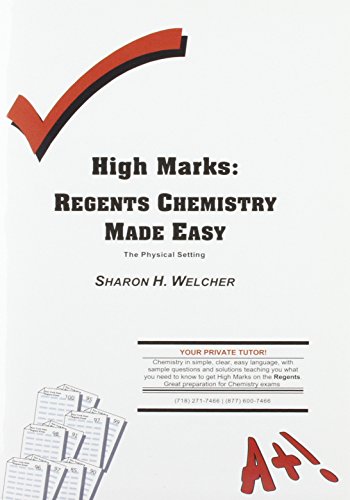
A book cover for High Marks: Regents Chemistry Made Easy - The Physical Setting; Sharon H. Welcher; Science & Math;